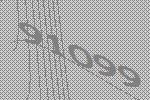
91099